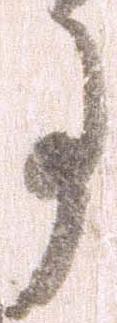
事